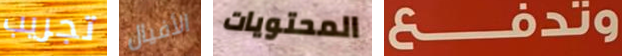
تجريب الأفيال المحتويات وتدفع